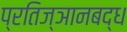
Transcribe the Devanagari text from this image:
प्रतिज्ञानबद्ध